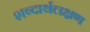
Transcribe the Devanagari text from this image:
शब्दार्थलक्षण